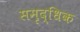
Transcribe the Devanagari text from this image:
समृद्धिक